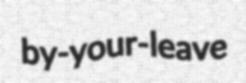
by-your-leave